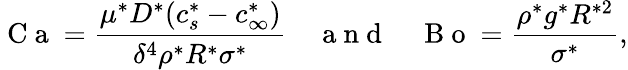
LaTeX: \mathrm{~C~a~}=\frac{\mu^{*}D^{*}(c_{s}^{*}-c_{\infty}^{*})}{\delta^{4}\rho^{*}R^{*}\sigma^{*}}\quad\mathrm{~a~n~d~}\quad\mathrm{~B~o~}=\frac{\rho^{*}g^{*}R^{*2}}{\sigma^{*}},